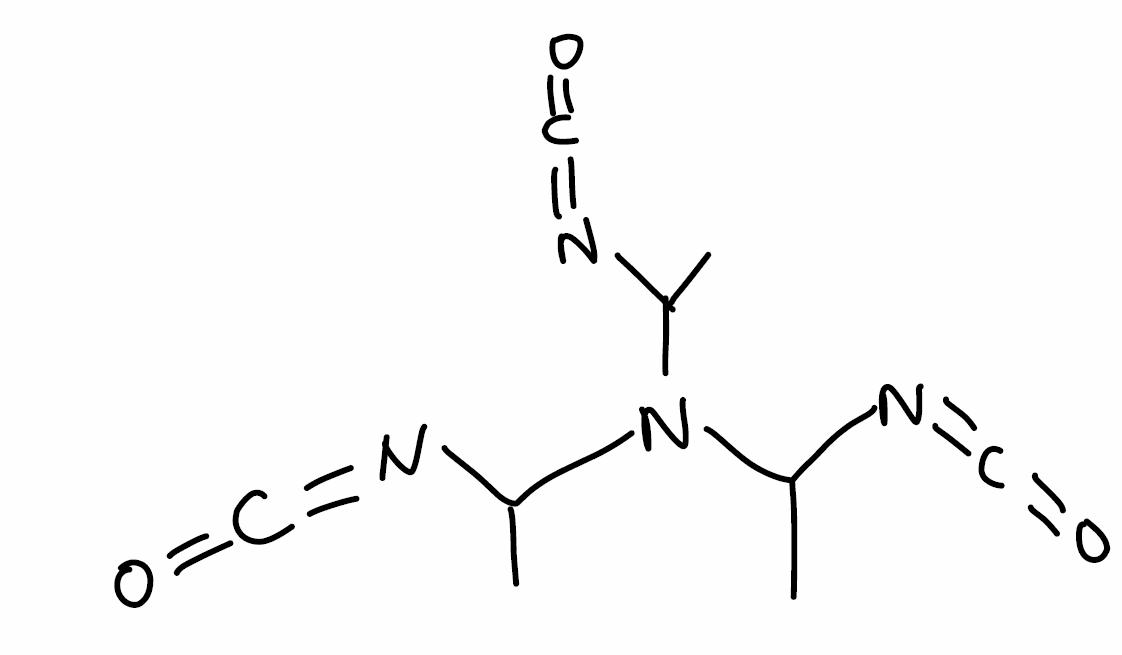
Simplified molecular-input line-entry system (SMILES) notation of the given molecule:
CC(N=C=O)N(C(C)N=C=O)C(C)N=C=O